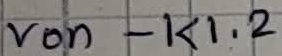
Text: von - K1.2